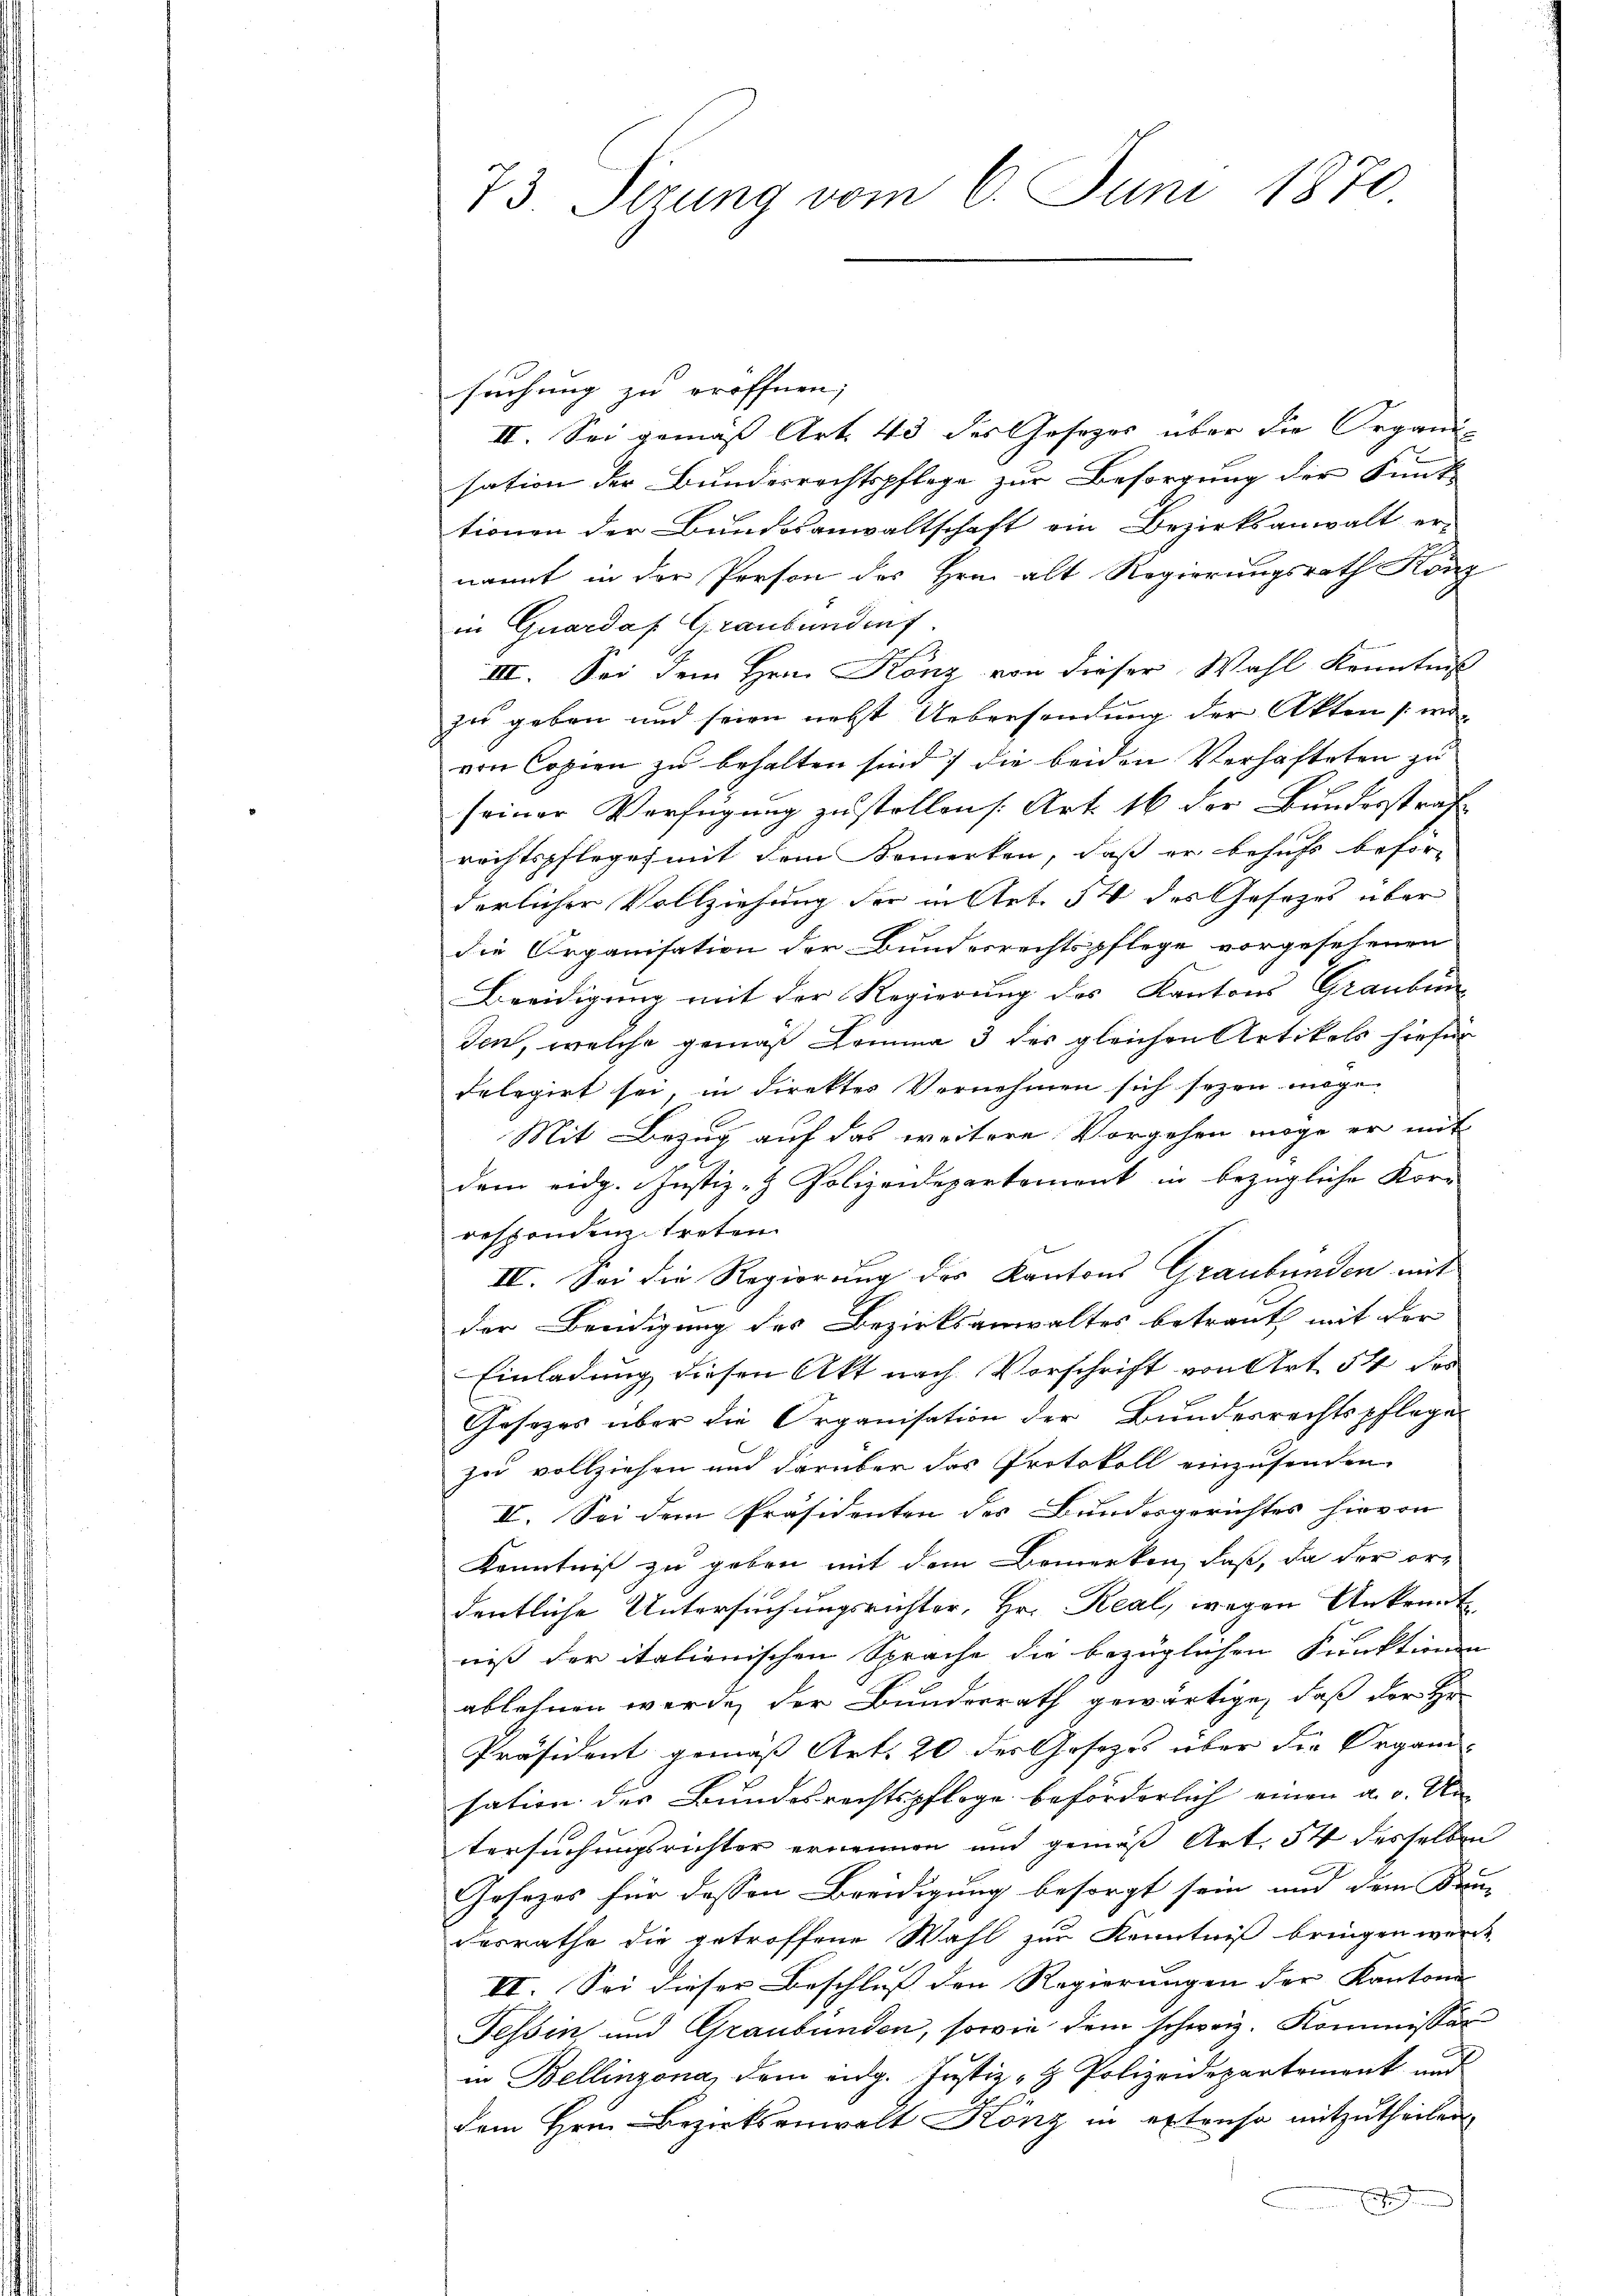
73. Sezung vom 6. Juni 1870

suchung zu eröffnen;
II. Sei gemäß Art. 43 des Gesezes über die Organi-
sation der Bundesrechtspflege zur Besorgung der Funk-
tionen der Bundesanwaltschaft ein Bezirksanwalt er-
nannt in der Person des Hrn. alt Regierungsrath Konz
in Quardaf Graubündenf
III. Sei dem Hrn. Konz von dieser Wahl Kenntniß
zu geben und seien nebst Uebersendung der Akten (wo-
von Copien zu behalten sind; die beiden Verhafteten zu
seiner Verfügung zu stollen [Art. 16 der Bundesstrafrechtspfleges mit dem Bemerken, dass er behufs beför-
derlicher Vollziehung der mittet. 54 des Gesezes über
die Organisation der Bundesrechtspflege vorgesehenen
Beeidigung mit der Regierung des Kantons Graubün
Jen, welche gemäß komma 3 der gleichen Artikels hiefür
delegirt sei, in direktes Vernehmen sich sezen möge.
Mit Bezug auf das weitere Vorgehen möge er mit
f
dem eidg. Justiz - Polizeidepartement in bezügliche Korr
responden treten.
IV. Sei die Regierung des Kantons Graubünden mit
der Beeidigung des Bezirksanwaltes betraut mit der
Einladung diesen Akt nach Vorschrift von Art. 54 der
Gosezes über die Organisation der Bundesrechtspflege
zu vollziehen und darüber das Protokoll einzusenden,
II. Sei dem Präsidenten des Bundesgerichtes hievon
Kenntniß zu geben mit dem Bemerken, daß, da der ordentliche Untersuchungsrichter, Hr. Real, wegen Ankennt
niß der italienischen Sprache die bezüglichen Funktionen
ablehnen werde, der Bundesrath gewärtige, daß der Hr.
Präsident gemäß Art. 20 des Gesetzes über die Organi-
sation des Bundesrechtspflege beförderlich einen a. g. Un
tersuchungsrichter ernennen und gemäß Art. 54 desselben
Gesezes für dessen Breidigung besorgt sein und dem Kan-
desrathe die getroffene Wahl zur Kenntniß bringen werde
II. Sei dieser Beschluss den Regierungen der Kantone
Tessin und Graubünden, sowie dem schweiz. Kommissär
in Bellinzona, dem eidg. Justiz- & Polizeidepartement und
dem Hrn. Bezirksanwalt Könz in extenso mitzutheilen
.